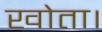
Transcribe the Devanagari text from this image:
खोता।